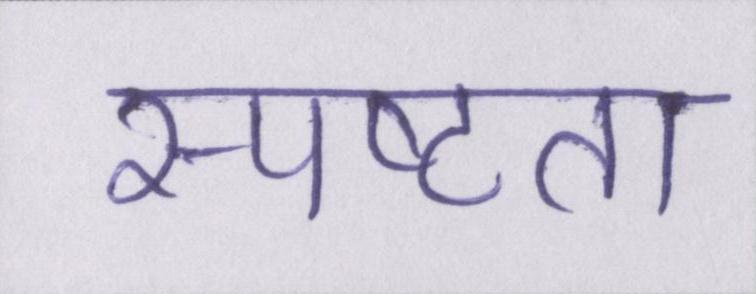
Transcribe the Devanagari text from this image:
स्पष्टता